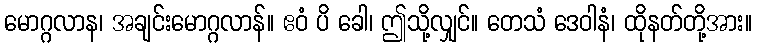
မောဂ္ဂလာန၊ အချင်းမောဂ္ဂလာန်။ ဧဝံ ပိ ခေါ၊ ဤသို့လျှင်။ တေသံ ဒေဝါနံ၊ ထိုနတ်တို့အား။